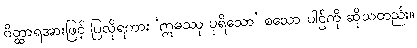
ဝိတ္ထာရအားဖြင့် ပြလိုရကား ‘ဣဓဿု ပုရိသော’ စသော ပါဌ်ကို ဆိုသတည်း။